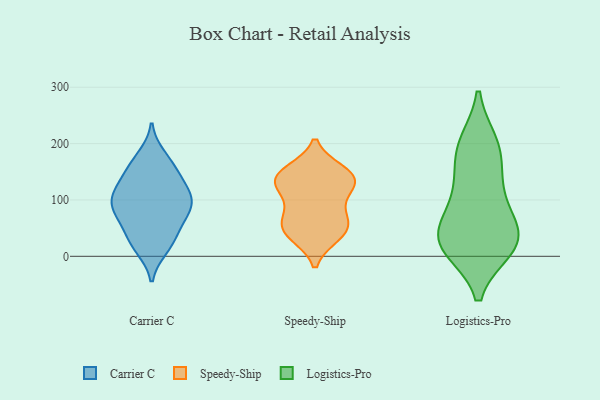
{"axis": {"x": "Shipments", "y": "Value"}, "legend": ["Carrier C", "Logistics-Pro", "Speedy-Ship"], "data": [{"x": "", "y": 124, "type": "Carrier C"}, {"x": "", "y": 14, "type": "Carrier C"}, {"x": "", "y": 51, "type": "Carrier C"}, {"x": "", "y": 177, "type": "Carrier C"}, {"x": "", "y": 101, "type": "Carrier C"}, {"x": "", "y": 100, "type": "Carrier C"}, {"x": "", "y": 156, "type": "Carrier C"}, {"x": "", "y": 142, "type": "Carrier C"}, {"x": "", "y": 90, "type": "Carrier C"}, {"x": "", "y": 109, "type": "Carrier C"}, {"x": "", "y": 82, "type": "Carrier C"}, {"x": "", "y": 166, "type": "Carrier C"}, {"x": "", "y": 50, "type": "Carrier C"}, {"x": "", "y": 82, "type": "Carrier C"}, {"x": "", "y": 19, "type": "Carrier C"}, {"x": "", "y": 27, "type": "Carrier C"}, {"x": "", "y": 124, "type": "Carrier C"}, {"x": "", "y": 80, "type": "Carrier C"}, {"x": "", "y": 77, "type": "Speedy-Ship"}, {"x": "", "y": 40, "type": "Speedy-Ship"}, {"x": "", "y": 151, "type": "Speedy-Ship"}, {"x": "", "y": 131, "type": "Speedy-Ship"}, {"x": "", "y": 37, "type": "Speedy-Ship"}, {"x": "", "y": 143, "type": "Speedy-Ship"}, {"x": "", "y": 44, "type": "Speedy-Ship"}, {"x": "", "y": 119, "type": "Speedy-Ship"}, {"x": "", "y": 141, "type": "Speedy-Ship"}, {"x": "", "y": 145, "type": "Speedy-Ship"}, {"x": "", "y": 115, "type": "Speedy-Ship"}, {"x": "", "y": 69, "type": "Speedy-Ship"}, {"x": "", "y": 58, "type": "Speedy-Ship"}, {"x": "", "y": 194, "type": "Logistics-Pro"}, {"x": "", "y": 15, "type": "Logistics-Pro"}, {"x": "", "y": 16, "type": "Logistics-Pro"}, {"x": "", "y": 125, "type": "Logistics-Pro"}, {"x": "", "y": 199, "type": "Logistics-Pro"}, {"x": "", "y": 37, "type": "Logistics-Pro"}, {"x": "", "y": 182, "type": "Logistics-Pro"}, {"x": "", "y": 37, "type": "Logistics-Pro"}, {"x": "", "y": 115, "type": "Logistics-Pro"}, {"x": "", "y": 75, "type": "Logistics-Pro"}, {"x": "", "y": 26, "type": "Logistics-Pro"}, {"x": "", "y": 30, "type": "Logistics-Pro"}]}